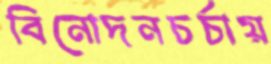
বিনোদনচর্চায়